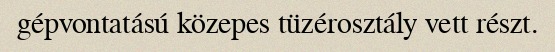
gépvontatású közepes tüzérosztály vett részt.